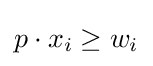
p\cdot x_{i}\geq w_{i}